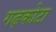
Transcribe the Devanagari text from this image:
गढ़कोटा